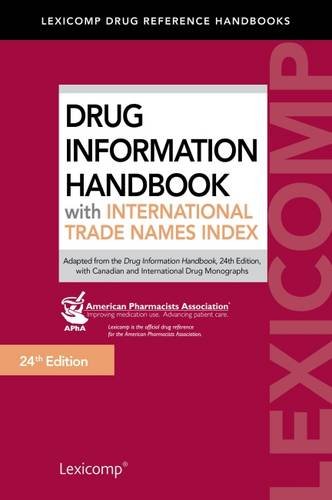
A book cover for Drug Information Handbook With International Trade Names Index; Medical Books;